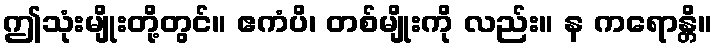
ဤသုံးမျိုးတို့တွင်။ ဧကံပိ၊ တစ်မျိုးကို လည်း။ န ကရောန္တိ။